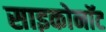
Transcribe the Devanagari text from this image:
साइकोनॉट